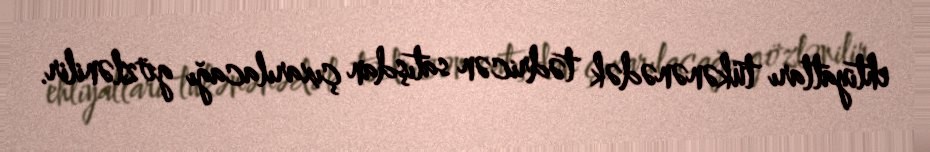
ehtiyatları tükənənədək tədricən satışdan çıxarılacağı gözlənilir.